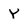
Character: Y